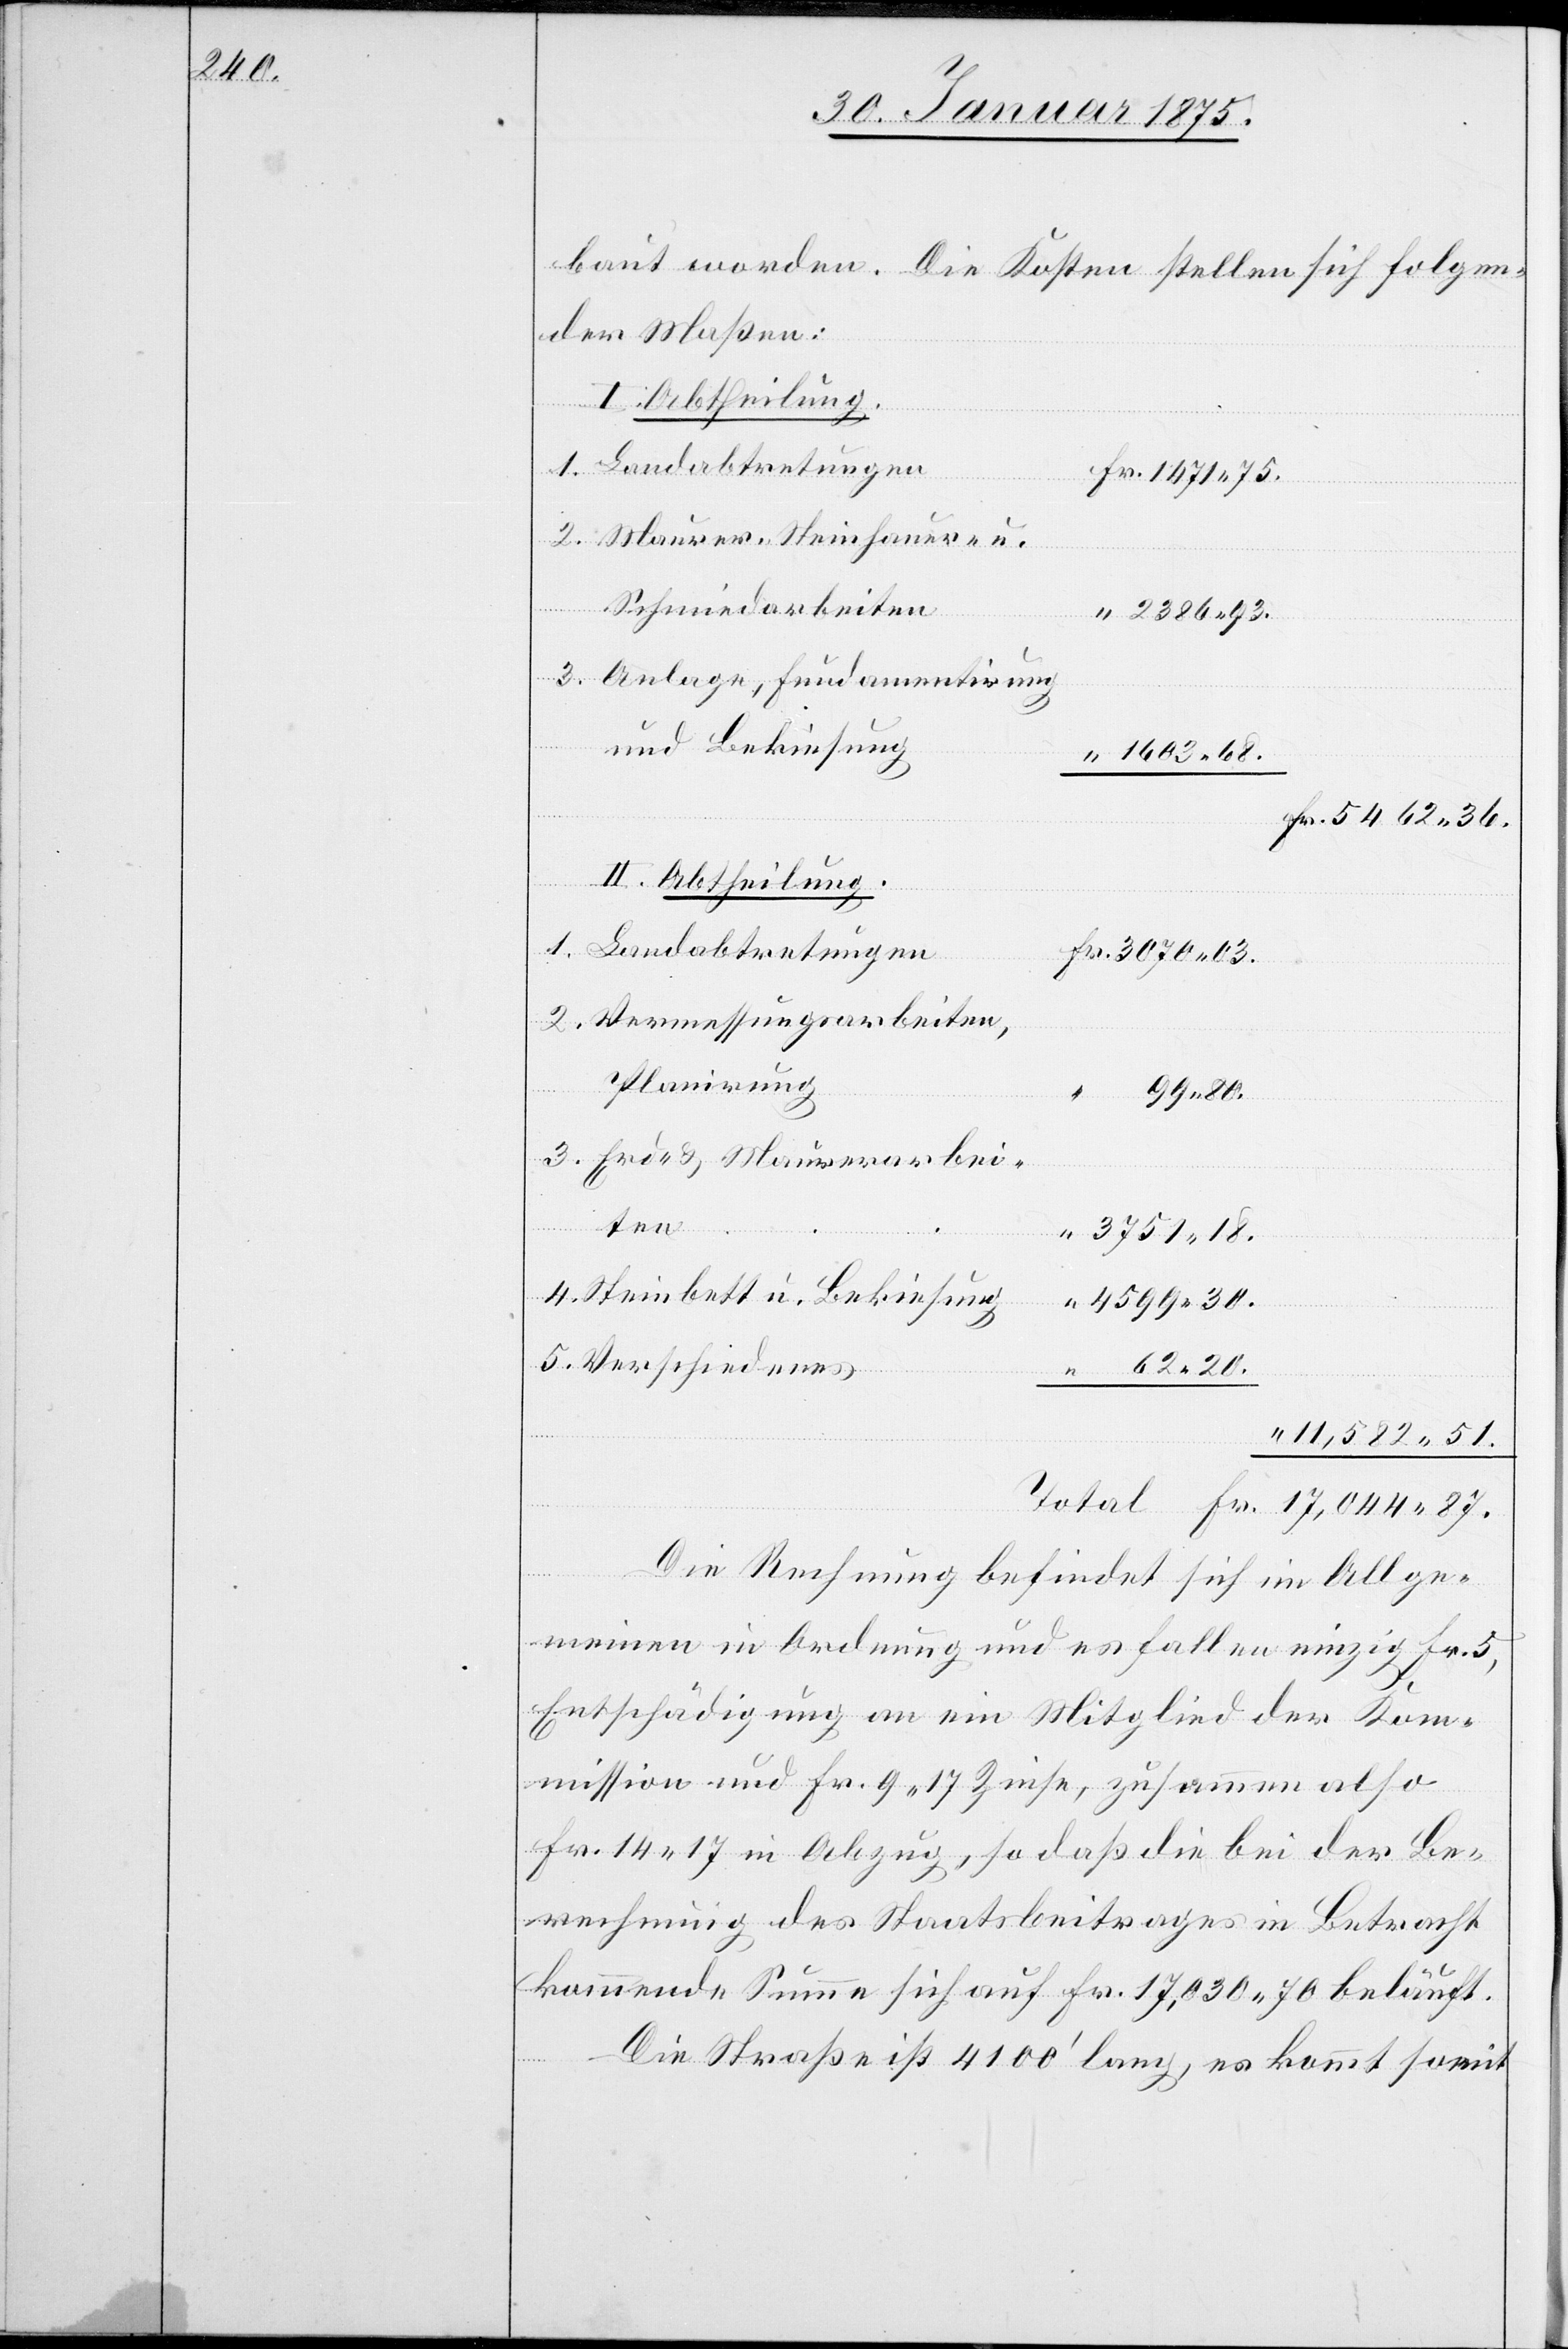
baut worden. Die Kosten stellen sich folgen¬
der Maßen:
I. Abtheilung.
1. Landabtretungen
87.
Total
2. Maurer-[,] Steinhauer- u.
Schmiedarbeiten
3. Anlage, Fundamentirung
und Bekiesung
II. Abtheilung.
1. Landabtretungen
2. Vermessungsarbeiten,
Planirung
3. Erd- & Maurerarbei¬
ten
4. Steinbett u. Bekiesung
5. Verschiedenes
Die Rechnung befindet sich im Allge¬
meinen in Ordnung und es fallen einzig Fr. 5,
Entschädigung an ein Mitglied der Kom¬
“
mission und Fr. 9. 17 Zinse, zusammen also
Fr. 14. 17 in Abzug, so daß die bei der Be¬
rechnung des Staatsbeitrages in Betracht
kommende Summe sich auf Fr. 17,030. 70 beläuft.
Die Straße ist 4100‘ lang, es kommt somit